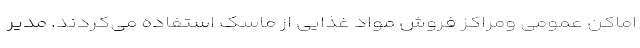
اماکن عمومی ومراکز فروش مواد غذایی از ماسک استفاده می‌کردند. مدیر